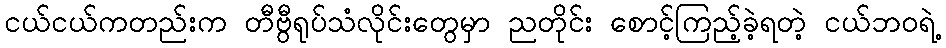
ငယ်ငယ်ကတည်းက တီဗွီရုပ်သံလိုင်းတွေမှာ ညတိုင်း စောင့်ကြည့်ခဲ့ရတဲ့ ငယ်ဘဝရဲ့